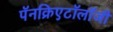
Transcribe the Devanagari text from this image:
पॅनक्रिएटॉलॉजी